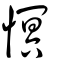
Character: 慏